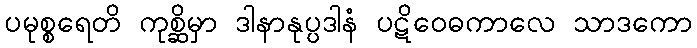
ပမုစ္စရေတိ ကုစ္ဆိမှာ ဒါနာနုပ္ပဒါနံ ပဋိဝေဓကာလေ သာဒကော